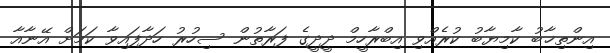
އިންތިޚާބު ކާމިޔާބު ކުރެއްވި އިބްރާހީމް ދީދީގެ ފަރާތުން ސިހުރު ހަދާފައިވާ ކަމަށް އޭނާއާ